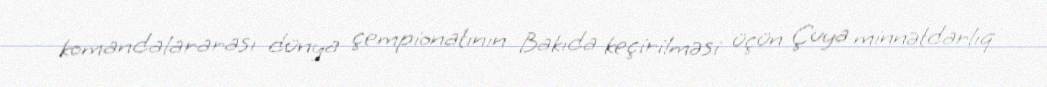
komandalararası dünya çempionatının Bakıda keçirilməsi üçün Çuya minnətdarlıq